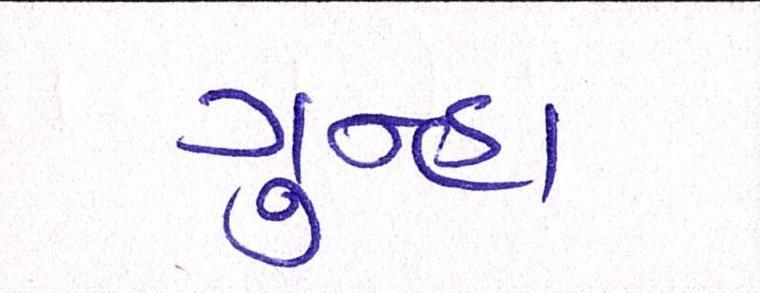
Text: ગુન્હા